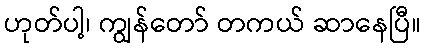
ဟုတ်ပါ့၊ ကျွန်တော် တကယ် ဆာနေပြီ။